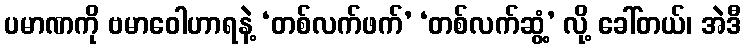
ပမာဏကို ဗမာဝေါဟာရနဲ့ ‘တစ်လက်ဖက်’ ‘တစ်လက်ဆွံ့’ လို့ ခေါ်တယ်၊ အဲဒီ